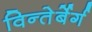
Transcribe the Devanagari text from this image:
विन्तेर्बेर्ग